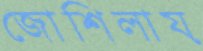
জোশিলায়